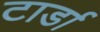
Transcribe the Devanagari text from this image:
टार्डा